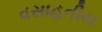
વસાહતીય